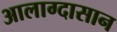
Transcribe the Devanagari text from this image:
आलाग्दासान